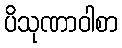
ပိသုဏာဝါစာ